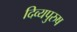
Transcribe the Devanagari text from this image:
दिव्यपुरुष